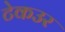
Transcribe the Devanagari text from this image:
टेकउर